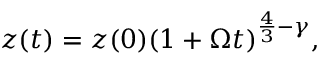
z ( t ) = z ( 0 ) ( 1 + \Omega t ) ^ { \frac { 4 } { 3 } - \gamma } ,